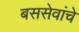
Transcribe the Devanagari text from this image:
बससेवांचे